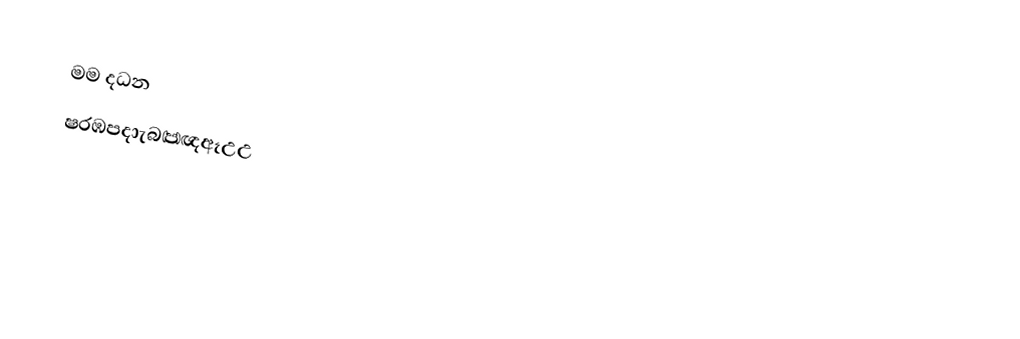
මම  දධන
ෂරඹපදාැබඏඥඈඋඋ